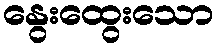
နွေးထွေးသော